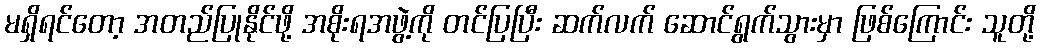
မရှိရင်တော့ အတည်ပြုနိုင်ဖို့ အစိုးရအဖွဲ့ကို တင်ပြပြီး ဆက်လက် ဆောင်ရွက်သွားမှာ ဖြစ်ကြောင်း သူတို့